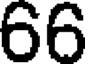
66